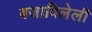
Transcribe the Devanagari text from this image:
बजाविलेली